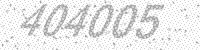
Solution: 404005